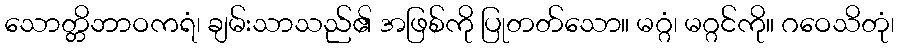
သောတ္တိဘာဝကရံ၊ ချမ်းသာသည်၏ အဖြစ်ကို ပြုတတ်သော။ မဂ္ဂံ၊ မဂ္ဂင်ကို။ ဂဝေသိတုံ၊